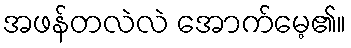
အဖန်တလဲလဲ အောက်မေ့၏။